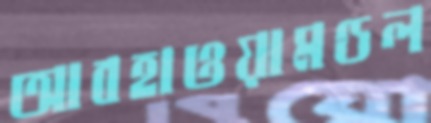
আবহাওয়ামণ্ডল